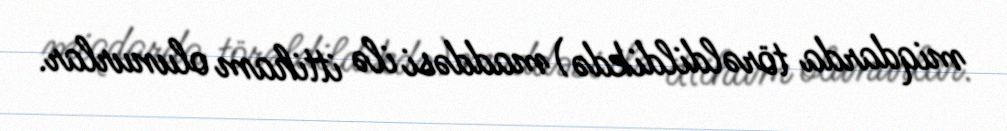
miqdarda törəldildikdə) maddəsi ilə ittiham olunurlar.